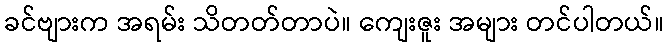
ခင်ဗျားက အရမ်း သိတတ်တာပဲ။ ကျေးဇူး အများ တင်ပါတယ်။